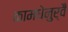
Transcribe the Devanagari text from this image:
कामधेनुर्वै